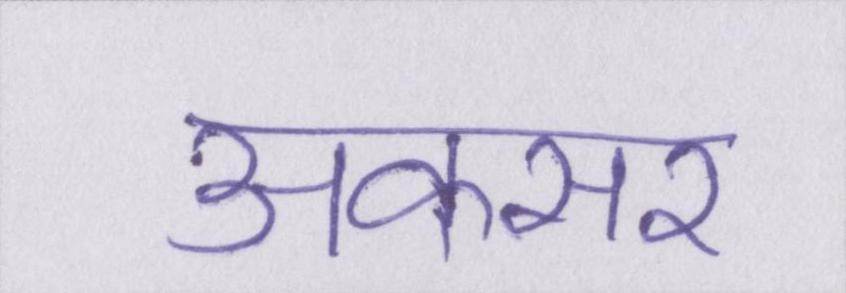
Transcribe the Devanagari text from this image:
अकसर